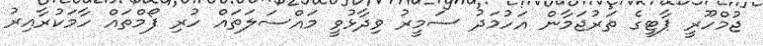
ޖުމްހޫރީ ޕާޓީގެ ތަރުޖަމާން އަހުމަދު ސަމީރު ވިދާޅުވީ މައްސަލަތައް ހުރި ފޯމްތައް ހާމަކުރާއިރު